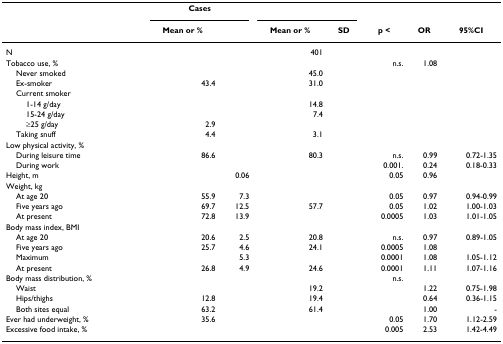
<table><thead><tr><td>[EMPTY_CELL]</td><td colspan="2"><b>Cases</b></td><td colspan="2">[EMPTY_CELL]</td><td>[EMPTY_CELL]</td><td>[EMPTY_CELL]</td><td>[EMPTY_CELL]</td></tr><tr><td>[EMPTY_CELL]</td><td><b>Mean or %</b></td><td>[EMPTY_CELL]</td><td><b>Mean or %</b></td><td><b>SD</b></td><td><b>p &lt;</b></td><td><b>OR</b></td><td><b>95%CI</b></td></tr></thead><tbody><tr><td>N</td><td>[EMPTY_CELL]</td><td>[EMPTY_CELL]</td><td>401</td><td>[EMPTY_CELL]</td><td>[EMPTY_CELL]</td><td>[EMPTY_CELL]</td><td>[EMPTY_CELL]</td></tr><tr><td>Tobacco use, %</td><td>[EMPTY_CELL]</td><td>[EMPTY_CELL]</td><td>[EMPTY_CELL]</td><td>[EMPTY_CELL]</td><td>n.s.</td><td>1.08</td><td>[EMPTY_CELL]</td></tr><tr><td> Never smoked</td><td>[EMPTY_CELL]</td><td>[EMPTY_CELL]</td><td>45.0</td><td>[EMPTY_CELL]</td><td>[EMPTY_CELL]</td><td>[EMPTY_CELL]</td><td>[EMPTY_CELL]</td></tr><tr><td> Ex-smoker</td><td>43.4</td><td>[EMPTY_CELL]</td><td>31.0</td><td>[EMPTY_CELL]</td><td>[EMPTY_CELL]</td><td>[EMPTY_CELL]</td><td>[EMPTY_CELL]</td></tr><tr><td> Current smoker</td><td>[EMPTY_CELL]</td><td>[EMPTY_CELL]</td><td>[EMPTY_CELL]</td><td>[EMPTY_CELL]</td><td>[EMPTY_CELL]</td><td>[EMPTY_CELL]</td><td>[EMPTY_CELL]</td></tr><tr><td>1-14 g/day</td><td>[EMPTY_CELL]</td><td>[EMPTY_CELL]</td><td>14.8</td><td>[EMPTY_CELL]</td><td>[EMPTY_CELL]</td><td>[EMPTY_CELL]</td><td>[EMPTY_CELL]</td></tr><tr><td>15-24 g/day</td><td>[EMPTY_CELL]</td><td>[EMPTY_CELL]</td><td>7.4</td><td>[EMPTY_CELL]</td><td>[EMPTY_CELL]</td><td>[EMPTY_CELL]</td><td>[EMPTY_CELL]</td></tr><tr><td>≥25 g/day</td><td>2.9</td><td>[EMPTY_CELL]</td><td>[EMPTY_CELL]</td><td>[EMPTY_CELL]</td><td>[EMPTY_CELL]</td><td>[EMPTY_CELL]</td><td>[EMPTY_CELL]</td></tr><tr><td> Taking snuff</td><td>4.4</td><td>[EMPTY_CELL]</td><td>3.1</td><td>[EMPTY_CELL]</td><td>[EMPTY_CELL]</td><td>[EMPTY_CELL]</td><td>[EMPTY_CELL]</td></tr><tr><td>Low physical activity, %</td><td>[EMPTY_CELL]</td><td>[EMPTY_CELL]</td><td>[EMPTY_CELL]</td><td>[EMPTY_CELL]</td><td>[EMPTY_CELL]</td><td>[EMPTY_CELL]</td><td>[EMPTY_CELL]</td></tr><tr><td> During leisure time</td><td>86.6</td><td>[EMPTY_CELL]</td><td>80.3</td><td>[EMPTY_CELL]</td><td>n.s.</td><td>0.99</td><td>0.72-1.35</td></tr><tr><td> During work</td><td>[EMPTY_CELL]</td><td>[EMPTY_CELL]</td><td>[EMPTY_CELL]</td><td>[EMPTY_CELL]</td><td>0.001.</td><td>0.24</td><td>0.18-0.33</td></tr><tr><td>Height, m</td><td>[EMPTY_CELL]</td><td>0.06</td><td>[EMPTY_CELL]</td><td>[EMPTY_CELL]</td><td>0.05</td><td>0.96</td><td>[EMPTY_CELL]</td></tr><tr><td>Weight, kg</td><td>[EMPTY_CELL]</td><td>[EMPTY_CELL]</td><td>[EMPTY_CELL]</td><td>[EMPTY_CELL]</td><td>[EMPTY_CELL]</td><td>[EMPTY_CELL]</td><td>[EMPTY_CELL]</td></tr><tr><td> At age 20</td><td>55.9</td><td>7.3</td><td>[EMPTY_CELL]</td><td>[EMPTY_CELL]</td><td>0.05</td><td>0.97</td><td>0.94-0.99</td></tr><tr><td> Five years ago</td><td>69.7</td><td>12.5</td><td>57.7</td><td>[EMPTY_CELL]</td><td>0.05</td><td>1.02</td><td>1.00-1.03</td></tr><tr><td> At present</td><td>72.8</td><td>13.9</td><td>[EMPTY_CELL]</td><td>[EMPTY_CELL]</td><td>0.0005</td><td>1.03</td><td>1.01-1.05</td></tr><tr><td>Body mass index, BMI</td><td>[EMPTY_CELL]</td><td>[EMPTY_CELL]</td><td>[EMPTY_CELL]</td><td>[EMPTY_CELL]</td><td>[EMPTY_CELL]</td><td>[EMPTY_CELL]</td><td>[EMPTY_CELL]</td></tr><tr><td> At age 20</td><td>20.6</td><td>2.5</td><td>20.8</td><td>[EMPTY_CELL]</td><td>n.s.</td><td>0.97</td><td>0.89-1.05</td></tr><tr><td> Five years ago</td><td>25.7</td><td>4.6</td><td>24.1</td><td>[EMPTY_CELL]</td><td>0.0005</td><td>1.08</td><td>[EMPTY_CELL]</td></tr><tr><td> Maximum</td><td>[EMPTY_CELL]</td><td>5.3</td><td>[EMPTY_CELL]</td><td>[EMPTY_CELL]</td><td>0.0001</td><td>1.08</td><td>1.05-1.12</td></tr><tr><td> At present</td><td>26.8</td><td>4.9</td><td>24.6</td><td>[EMPTY_CELL]</td><td>0.0001</td><td>1.11</td><td>1.07-1.16</td></tr><tr><td>Body mass distribution, %</td><td>[EMPTY_CELL]</td><td>[EMPTY_CELL]</td><td>[EMPTY_CELL]</td><td>[EMPTY_CELL]</td><td>n.s.</td><td>[EMPTY_CELL]</td><td>[EMPTY_CELL]</td></tr><tr><td> Waist</td><td>[EMPTY_CELL]</td><td>[EMPTY_CELL]</td><td>19.2</td><td>[EMPTY_CELL]</td><td>[EMPTY_CELL]</td><td>1.22</td><td>0.75-1.98</td></tr><tr><td> Hips/thighs</td><td>12.8</td><td>[EMPTY_CELL]</td><td>19.4</td><td>[EMPTY_CELL]</td><td>[EMPTY_CELL]</td><td>0.64</td><td>0.36-1.15</td></tr><tr><td> Both sites equal</td><td>63.2</td><td>[EMPTY_CELL]</td><td>61.4</td><td>[EMPTY_CELL]</td><td>[EMPTY_CELL]</td><td>1.00</td><td>-</td></tr><tr><td>Ever had underweight, %</td><td>35.6</td><td>[EMPTY_CELL]</td><td>[EMPTY_CELL]</td><td>[EMPTY_CELL]</td><td>0.05</td><td>1.70</td><td>1.12-2.59</td></tr><tr><td>Excessive food intake, %</td><td>[EMPTY_CELL]</td><td>[EMPTY_CELL]</td><td>[EMPTY_CELL]</td><td>[EMPTY_CELL]</td><td>0.005</td><td>2.53</td><td>1.42-4.49</td></tr></tbody></table>